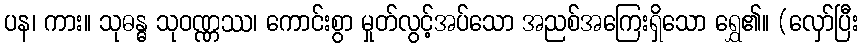
ပန၊ ကား။ သုဓန္ဓ သုဝဏ္ဏဿ၊ ကောင်းစွာ မှုတ်လွင့်အပ်သော အညစ်အကြေးရှိသော ရွှေ၏။ (လှော်ပြီး